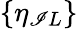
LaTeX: \{ \eta_{\mathscr{I}L}\}